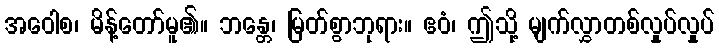
အဝေါစ၊ မိန့်တော်မူ၏။ ဘန္တေ၊ မြတ်စွာဘုရား။ ဧဝံ၊ ဤသို့ မျက်လွှာတစ်လှုပ်လှုပ်